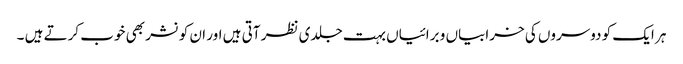
ہر ایک کو دوسروں کی خرابیاں و برائیاں بہت جلدی نظر آتی ہیں اور ان کو نشر بھی خوب کرتے ہیں ۔